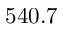
5 4 0 . 7